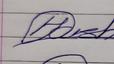
Signature authenticity: genuine